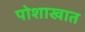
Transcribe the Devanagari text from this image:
पोशाखात